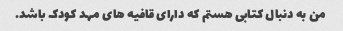
من به دنبال کتابی هستم که دارای قافیه های مهد کودک باشد.